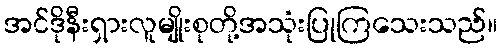
အင်ဒိုနီးရှားလူမျိုးစုတို့အသုံးပြုကြသေးသည်။